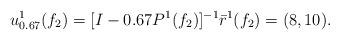
LaTeX: \begin{align*} u_{0.67}^1(f_2)=[I-0.67 P^1(f_2)]^{-1}\bar{r}^1(f_2)=(8,10).\end{align*}